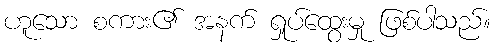
ဟူသော စကား၏ အနက် ရှုပ်ထွေးမှု ဖြစ်ပါသည်။